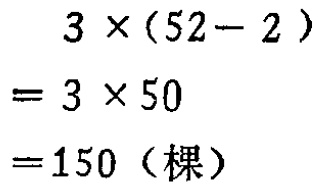
\[

\begin{align*}

&3\times(52 - 2)\\

=&3\times50\\

=&150(\text{棵})

\end{align*}

\]